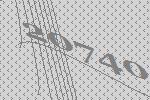
20740